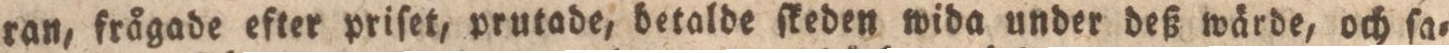
ran, frågade efter priſet, prutade, betalde ſkeden wida under deß wärde, och ſa=